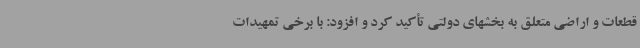
قطعات و اراضی متعلق به بخشهای دولتی تأکید کرد و افزود: با برخی تمهیدات